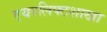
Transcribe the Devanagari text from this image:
एयरलिफ्टशाखा